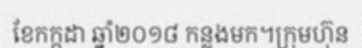
ខែកក្កដា ឆ្នាំ២០១៨ កន្លងមក។ក្រុមហ៊ុន